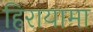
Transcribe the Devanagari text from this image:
हिरायामा